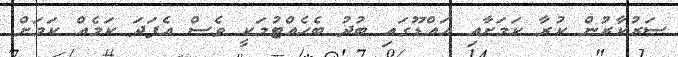
ސަރުކާރުން ކުރާ ކަމަށާއި އައްޑޫގައި ބުދު ބެހެއްޓުމަކީ ވެސް އެފަދަ ކަމެއް ކަމަށް